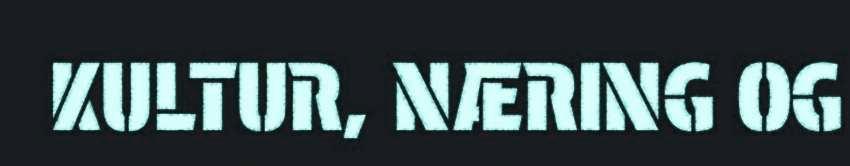
KULTUR, NÆRING OG